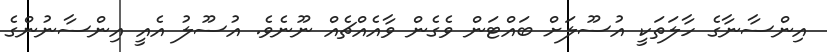
އިންސާނާގެ ހާލަތަކީ އުސޫލަށް ބައްޓަން ވެގެން ވާއެއްޗެއް ނޫނެވެ. އުސޫލު އެއީ އިންސާނުންގެ